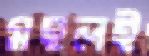
মহলই